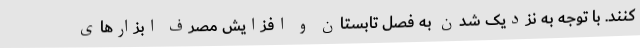
کنند. با توجه به نزدیک شدن به فصل تابستان و افزایش مصرف ابزارهای